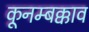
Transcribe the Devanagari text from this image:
कूनम्बक्काव